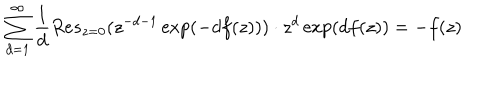
\sum _ { d = 1 } ^ { \infty } \frac { 1 } { d } R e s _ { z = 0 } ( z ^ { - d - 1 } \exp ( - d f ( z ) ) ) \cdot z ^ { d } \exp ( d f ( z ) ) = - f ( z )